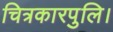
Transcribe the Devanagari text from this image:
चित्रकारपुलि।